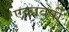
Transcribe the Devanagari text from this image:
एकावर्षी